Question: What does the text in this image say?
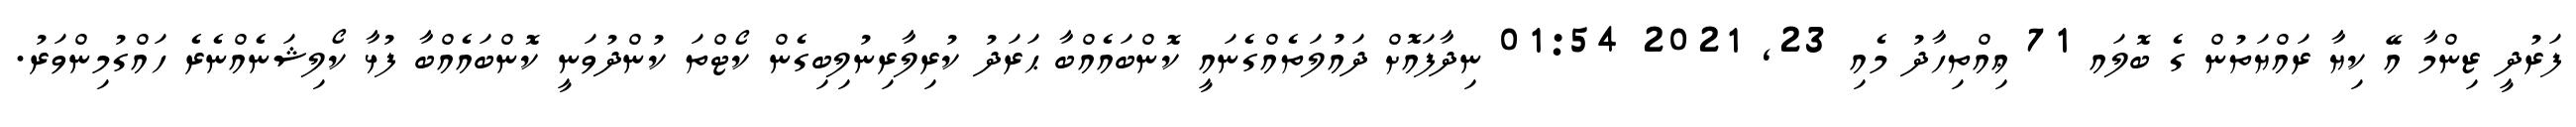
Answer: ފަރުދީ ޒިންމާ އޭ ކިޔާ ރައްޔަތުން ގެ ބޮލައ 71 ޢިއްތިހާދު މެއި 23, 2021 01:54 ނިދާފައޮށް ދައުލަތެއްގެނައީ ކޮންބައެއްބާ ޙަރަދު ކުރިލާރިނުލިބިގެން ކޯޓްތަ ކުންދުވަނީ ކޮންބައެއްބާ ފުޅާ ކޯލިޝަނެއްނެރެ ހައްގުމިންވަރު.